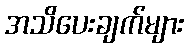
အသိပေးချက်များ